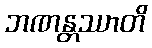
ဘဏန္တဿာတိ